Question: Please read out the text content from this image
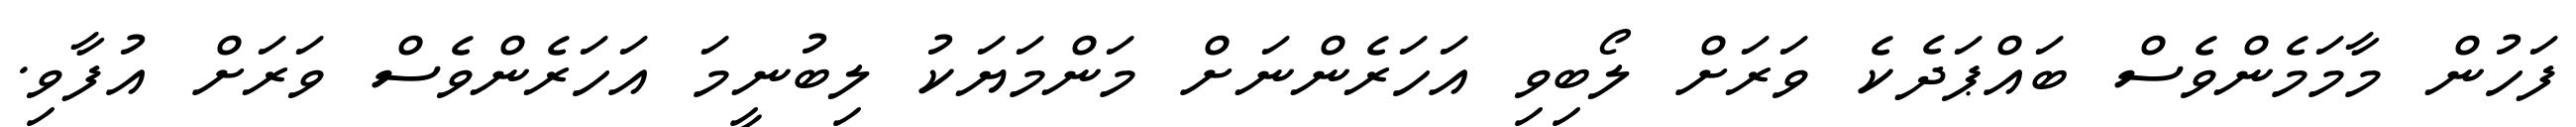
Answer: ފަހުން މާމަމެންވެސް ބައްޕަދެކެ ވަރަށް ލޯބިވި އަހަރެންނަށް މަންމަޔަކު ލިބުނީމަ އަހަރެންވެސް ވަރަށް އުފާވި.